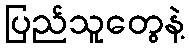
ပြည်သူတွေနဲ့